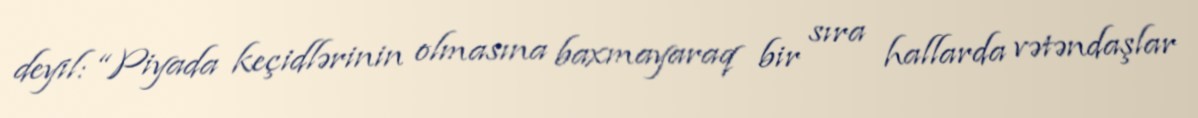
deyil: “Piyada keçidlərinin olmasına baxmayaraq bir sıra hallarda vətəndaşlar